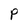
Character: P